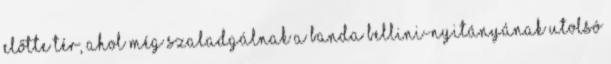
Előtte tér, ahol még szaladgálnak a banda Bellini-nyitányának utolsó